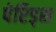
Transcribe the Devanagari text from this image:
पेप्टिड्स